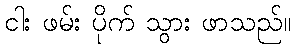
ငါး ဖမ်း ပိုက် သွား ဖာသည်။